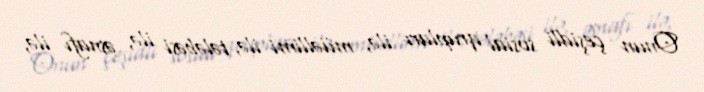
Onun çeşidli sosial qrupları ilə, müəllimi ilə, tələbəsi ilə, əsnafı ilə,